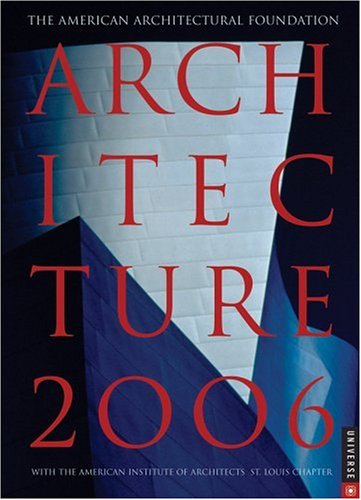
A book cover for Architecture: 2006 Engagement Calendar; Universe Publishing; Calendars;